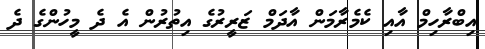
އިބްރާހިމް އާއި ކެމެރާމަން އާދަމް ޒަރީރުގެ އިތުރުން އެ ދެ މީހުންގެ ދެ